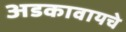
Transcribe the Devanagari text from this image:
अडकावायचे